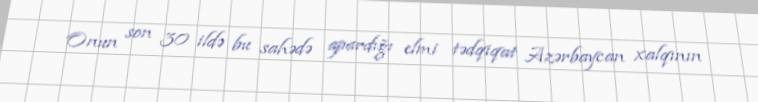
Onun son 30 ildə bu sahədə apardığı elmi tədqiqat Azərbaycan xalqının